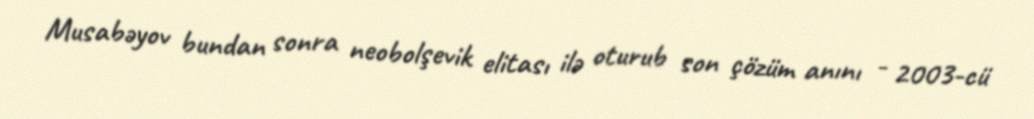
Musabəyov bundan sonra neobolşevik elitası ilə oturub son çözüm anını - 2003-cü